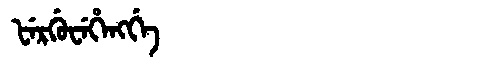
Manchu: ᡶᡝᡵᡤᡠᠸᡝᡥᡝᠩᡤᡝ
Romanization: FERGUWEHENGGE